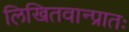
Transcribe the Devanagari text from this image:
लिखितवान्प्रातः